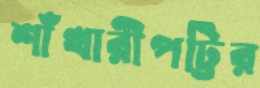
শাঁখারীপট্টির